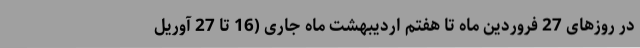
در روزهای 27 فروردین ماه تا هفتم اردیبهشت ماه جاری (16 تا 27 آوریل